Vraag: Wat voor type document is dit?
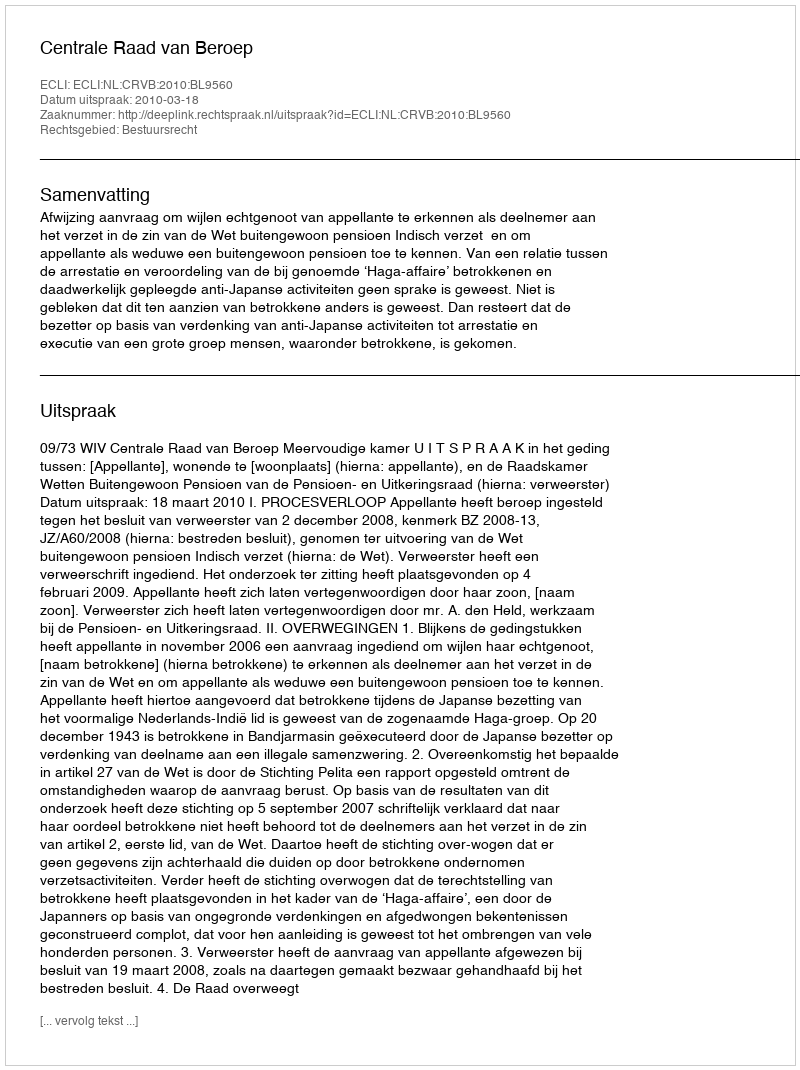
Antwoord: Uitspraak